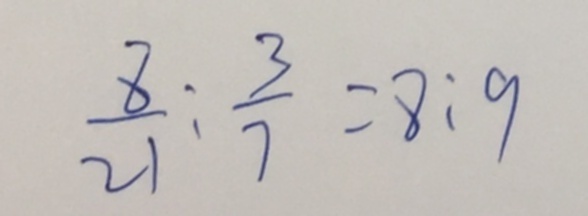
\frac { 8 } { 2 1 } : \frac { 3 } { 7 } = 8 : 9